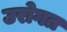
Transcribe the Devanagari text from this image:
उरोगत